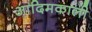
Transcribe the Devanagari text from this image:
आदिमकाली